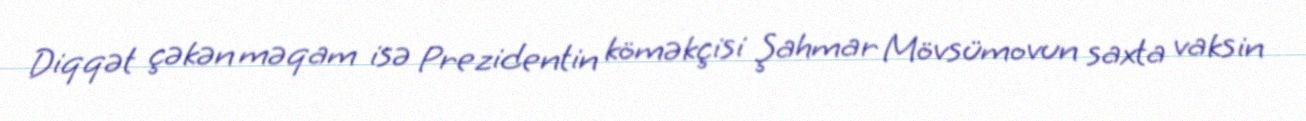
Diqqət çəkən məqam isə Prezidentin köməkçisi Şahmar Mövsümovun saxta vaksin